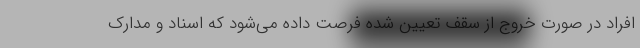
افراد در صورت خروج از سقف تعیین شده فرصت داده می‌شود که اسناد و مدارک